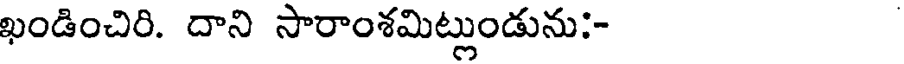
ఖండించిరి. దాని సారాంశమిట్లుండును:-